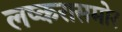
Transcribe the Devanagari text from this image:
लष्करासमोर